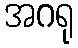
အဂရု